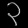
Digit: ၃